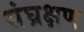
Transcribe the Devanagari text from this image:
संघ्रक्षण